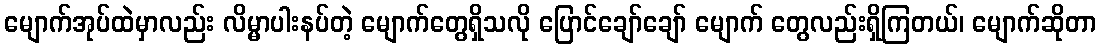
မျောက်အုပ်ထဲမှာလည်း လိမ္မာပါးနပ်တဲ့ မျောက်တွေရှိသလို ပြောင်ချော်ချော် မျောက် တွေလည်းရှိကြတယ်၊ မျောက်ဆိုတာ